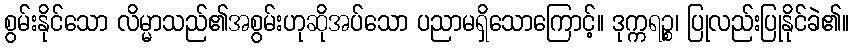
စွမ်းနိုင်သော လိမ္မာသည်၏အစွမ်းဟုဆိုအပ်သော ပညာမရှိသောကြောင့်။ ဒုက္ကရဉ္စ၊ ပြုလည်းပြုနိုင်ခဲ၏။